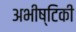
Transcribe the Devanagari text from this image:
अभीष्टिकी